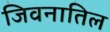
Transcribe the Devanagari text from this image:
जिवनातिल